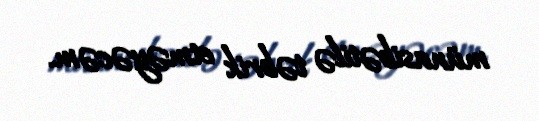
münasibətilə təbrik etməyəcəm.